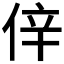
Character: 𠉄